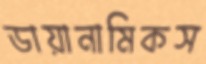
ডায়ানামিকস